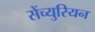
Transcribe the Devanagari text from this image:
सेंच्युरियन